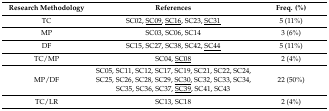
<table><thead><tr><td><b>Research Methodology</b></td><td><b>References</b></td><td><b>Freq. (%)</b></td></tr></thead><tbody><tr><td>TC</td><td>SC02, <underline>SC09</underline>, <underline>SC16</underline>, SC23, <underline>SC31</underline></td><td>5 (11%)</td></tr><tr><td>MP</td><td>SC03, SC06, SC14</td><td>3 (6%)</td></tr><tr><td>DF</td><td>SC15, SC27, SC38, SC42, <underline>SC44</underline></td><td>5 (11%)</td></tr><tr><td>TC/MP</td><td>SC04, <underline>SC08</underline></td><td>2 (4%)</td></tr><tr><td>MP/DF</td><td>SC05, SC11, SC12, SC17, SC19, SC21, SC22, SC24, SC25, SC26, SC28, SC29, <underline>SC30</underline>, SC32, SC33, SC34, SC35, SC36, SC37, <underline>SC39</underline>, SC41, SC43</td><td>22 (50%)</td></tr><tr><td>TC/LR</td><td>SC13, SC18</td><td>2 (4%)</td></tr></tbody></table>